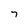
Character: 7